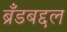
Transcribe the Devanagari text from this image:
ब्रँडबद्दल